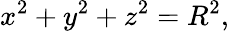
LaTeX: x^{2}+y^{2}+z^{2}=R^{2},